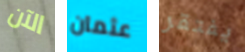
الآن عثمان يفتقر